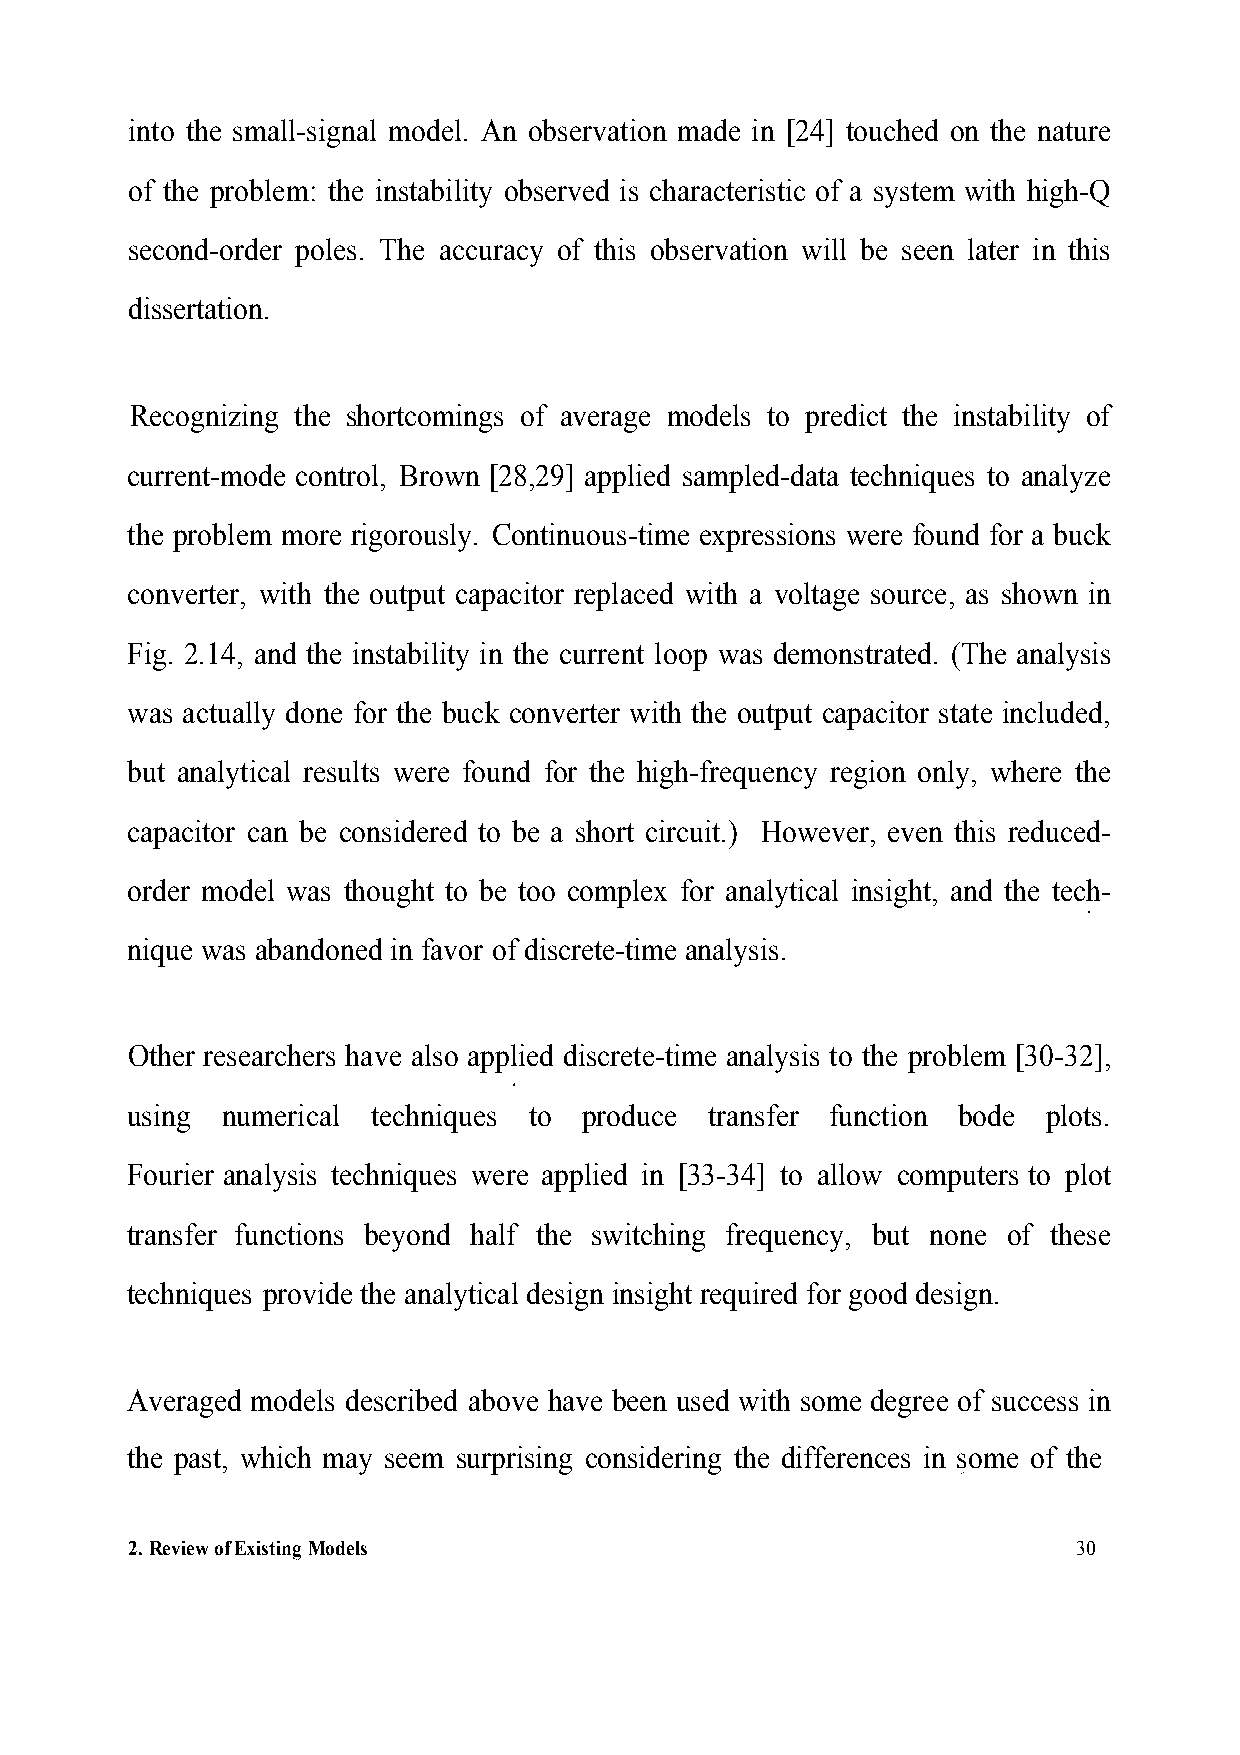
into the small-signal model. An observation made in [24] touched on the nature
 of the problem: the instability observed is characteristic of a system with high-Q
 second-order poles. The accuracy of this observation will be seen later in this
 dissertation.
 Recognizing the shortcomings of average models to predict the instability of
 current-mode control, Brown [28,29] applied sampled-data techniques to analyze
 the problem more rigorously. Continuous-time expressions were found for a buck
 converter, with the output capacitor replaced with a voltage source, as shown in
 Fig. 2.14, and the instability in the current loop was demonstrated. (The analysis
 was actually done for the buck converter with the output capacitor state included,
 but analytical results were found for the high-frequency region only, where the
 capacitor can be considered to be a short circuit.) However, even this reduced-
 order model was thought to be too complex for analytical insight, and the tech-
 nique was abandoned in favor of discrete-time analysis.
 Other researchers have also applied discrete-time analysis to the problem [30-32],
 using  numerical techniques to produce transfer function bode plots.
 Fourier analysis techniques were applied in [33-34] to allow computers to plot
 transfer functions beyond half the switching frequency, but none of these
 techniques provide the analytical design insight required for good design.
 Averaged models described above have been used with some degree of success in
 the past, which may seem surprising considering the differences in some of the
 2.Review of Existing Models                                    30